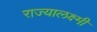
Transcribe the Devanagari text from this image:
राज्यालक्ष्मी